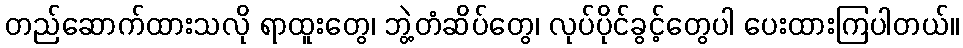
တည်ဆောက်ထားသလို ရာထူးတွေ၊ ဘွဲ့တံဆိပ်တွေ၊ လုပ်ပိုင်ခွင့်တွေပါ ပေးထားကြပါတယ်။